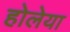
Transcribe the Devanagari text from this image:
होलेया